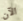
الآن